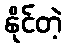
နိုင်တဲ့